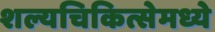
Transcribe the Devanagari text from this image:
शल्यचिकित्सेमध्ये